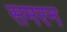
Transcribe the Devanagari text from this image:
समरन